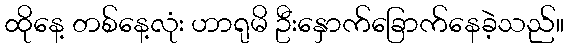
ထိုနေ့ တစ်နေ့လုံး ဟာရုမိ ဦးနှောက်ခြောက်နေခဲ့သည်။